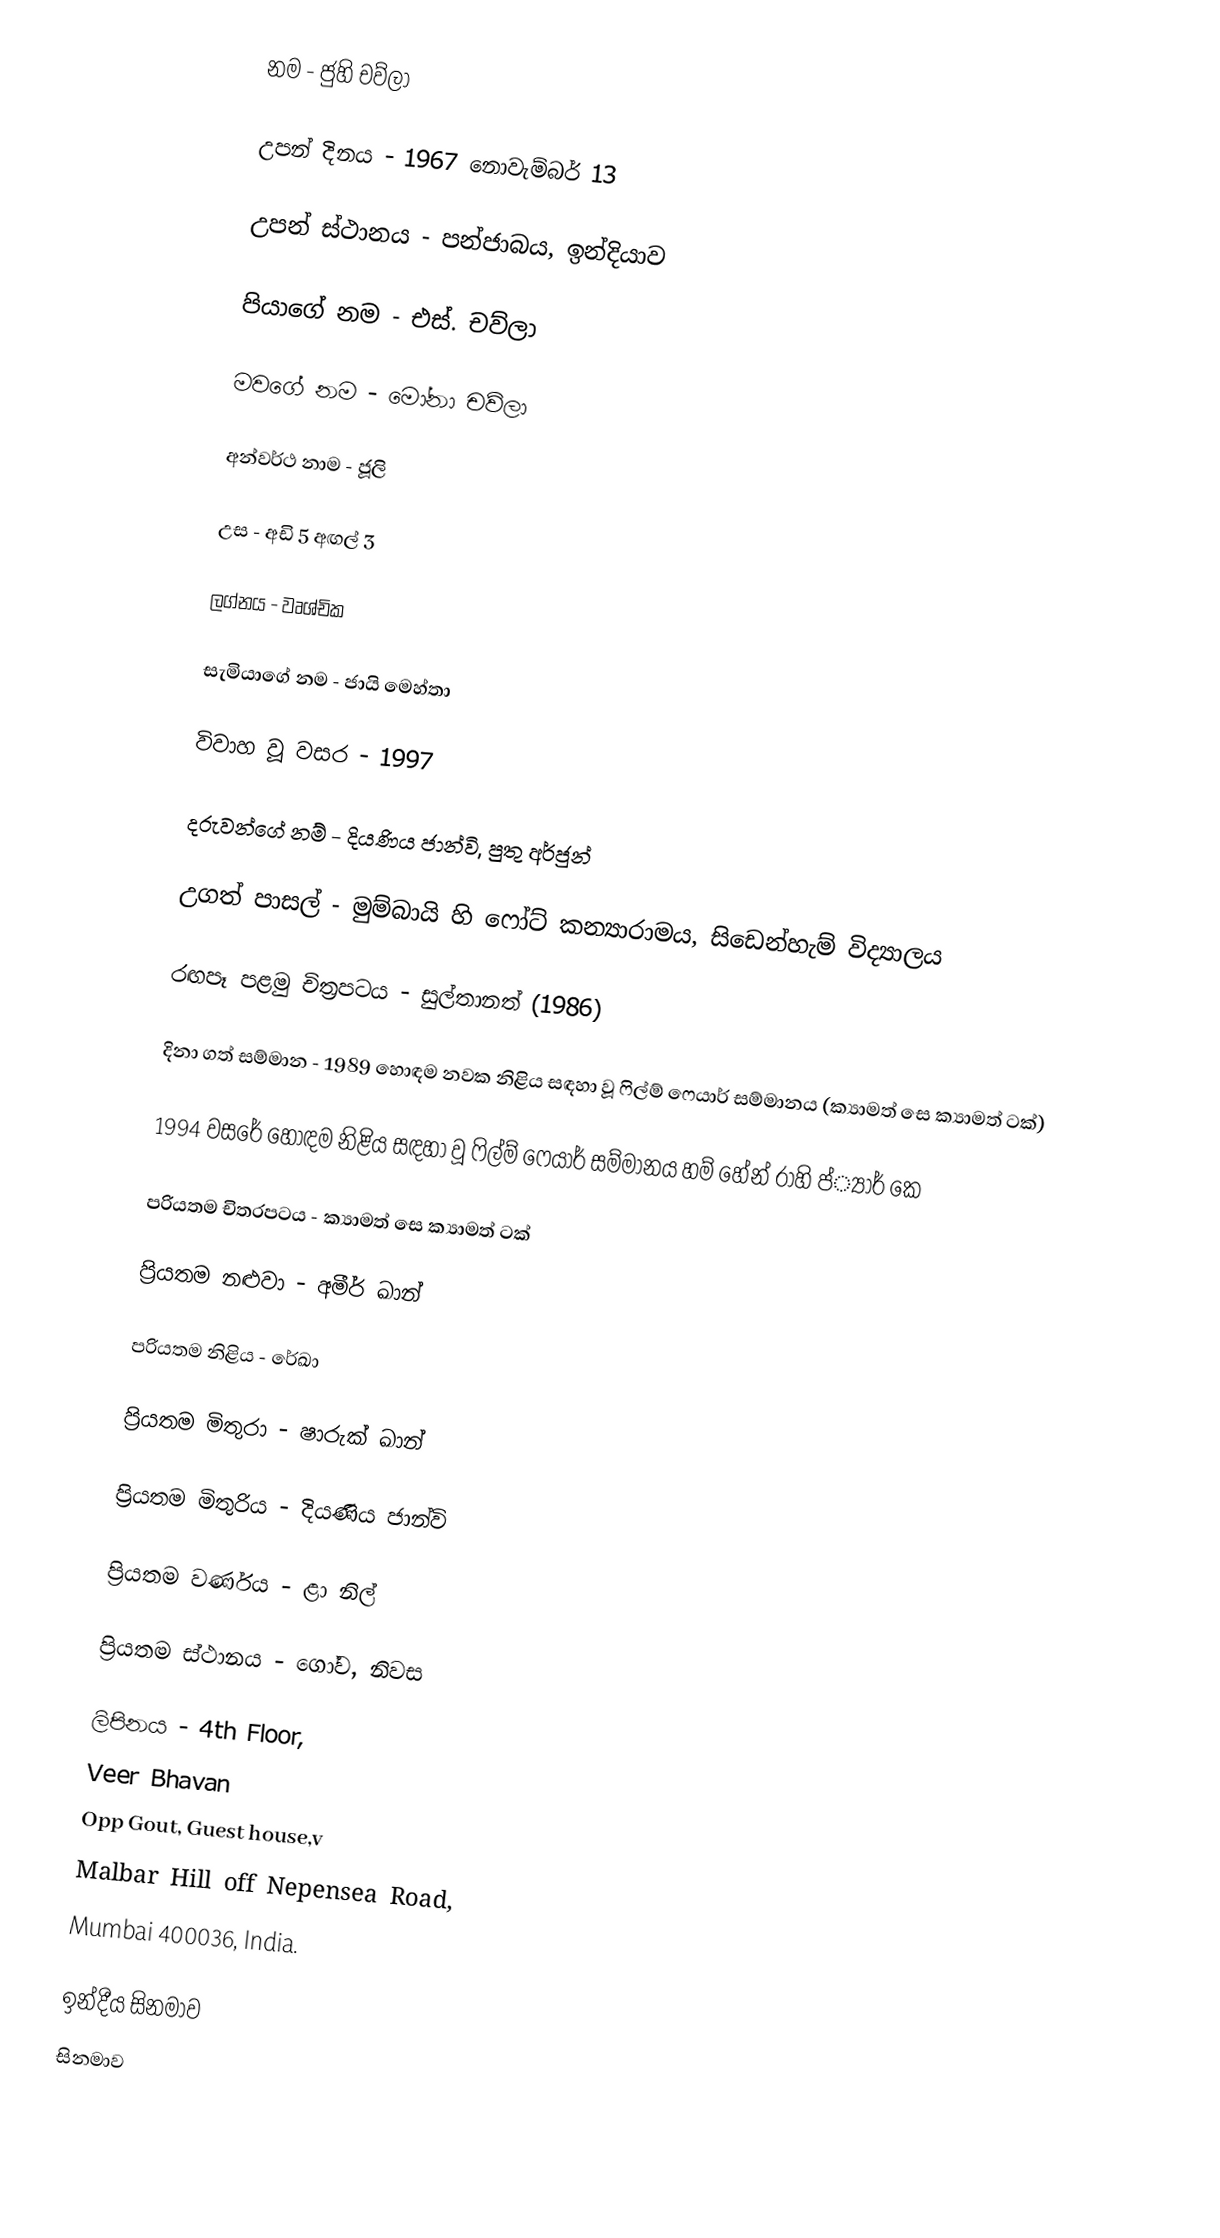
නම - ජුහි චව්ලා

උපන් දිනය - 1967 නොවැම්බර් 13

උපන් ස්ථානය - පන්ජාබය, ඉන්දියාව

පියාගේ නම - එස්. චව්ලා

මවගේ නම - මෝනා චව්ලා

අන්වර්ථ නාම - ජූලි

උස - අඩි 5 අඟල් 3

ලග්නය - වෘශ්චික

සැමියාගේ නම - ජායි මෙහ්තා

විවාහ වූ වසර - 1997

දරුවන්ගේ නම් - දියණිය ජාන්වි, පුතු අර්ජුන්

උගත් පාසල් - මුම්බායි හි ෆෝට් කන්‍යාරාමය, සිඩෙන්හැම් විද්‍යාලය

රඟපෑ පළමු චිත‍්‍රපටය - සුල්තානත් (1986)

දිනා ගත් සම්මාන - 1989 හොඳම නවක නිළිය සඳහා වූ ෆිල්ම් ෆෙයාර් සම්මානය (ක්‍යාමත් සෙ ක්‍යාමත් ටක්)

1994 වසරේ හොඳම නිළිය සඳහා වූ ෆිල්ම් ෆෙයාර් සම්මානය හම් හේන් රාහි ප්්‍යාර් කෙ

ප‍්‍රියතම චිත‍්‍රපටය - ක්‍යාමත් සෙ ක්‍යාමත් ටක්

ප‍්‍රියතම නළුවා - අමීර් ඛාන්

ප‍්‍රියතම නිළිය - රේඛා

ප‍්‍රියතම මිතුරා - ෂාරුක් ඛාන්

ප‍්‍රියතම මිතුරිය - දියණිය ජාන්වි

ප‍්‍රියතම වර්ණය - ළා නිල්

ප‍්‍රියතම ස්ථානය - ගෝව, නිවස

ලිපිනය - 4th Floor,
Veer Bhavan
Opp Gout, Guest house,v
Malbar Hill off Nepensea Road,
Mumbai 400036, India.

ඉන්දීය සිනමාව
සිනමාව